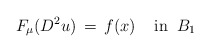
\begin{align*}F_\mu(D^2u)\,=\,f(x)\;\;\;\;\mbox{in}\;\;B_1\end{align*}